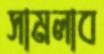
সামলাব